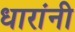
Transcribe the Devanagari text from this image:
धारांनी